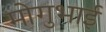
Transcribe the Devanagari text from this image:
मोगुभाई